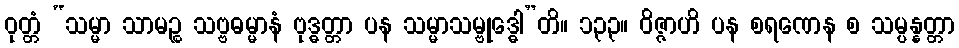
ဝုတ္တံ “သမ္မာ သာမဉ္စ သဗ္ဗဓမ္မာနံ ဗုဒ္ဓတ္တာ ပန သမ္မာသမ္ဗုဒ္ဓေါ”တိ။ ၁၃၃။ ဝိဇ္ဇာဟိ ပန စရဏေန စ သမ္ပန္နတ္တာ